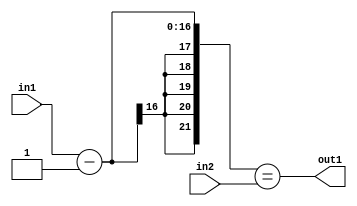
`timescale 1ps / 1ps
/*****************************************************************************
    Verilog RTL Description
    
    
    Created by: Stratus DpOpt 2019.1.01 
*******************************************************************************/

module st_weight_addr_gen_EqSubi1u16u16_4_4 (
	in2,
	in1,
	out1
	); /* architecture "behavioural" */ 
input [15:0] in2,
	in1;
output  out1;
wire  asc001;
wire [16:0] asc003;

assign asc003 = 
	+(in1)
	-(17'B00000000000000001);

assign asc001 = ({{5{asc003[16]}}, asc003}==in2);

assign out1 = asc001;
endmodule

/* CADENCE  ubb2SAA= : u9/ySgnWtBlWxVPRXgAZ4Og= ** DO NOT EDIT THIS LINE ******/